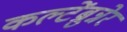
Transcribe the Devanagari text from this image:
कल्टेंब्रुन्नेर